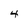
Character: 4